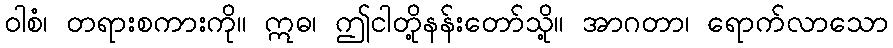
ဝါစံ၊ တရားစကားကို။ ဣဓ၊ ဤငါတို့နန်းတော်သို့။ အာဂတာ၊ ရောက်လာသော